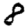
Digit: 8